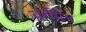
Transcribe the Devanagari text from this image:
कझिन